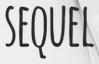
SEQUEL